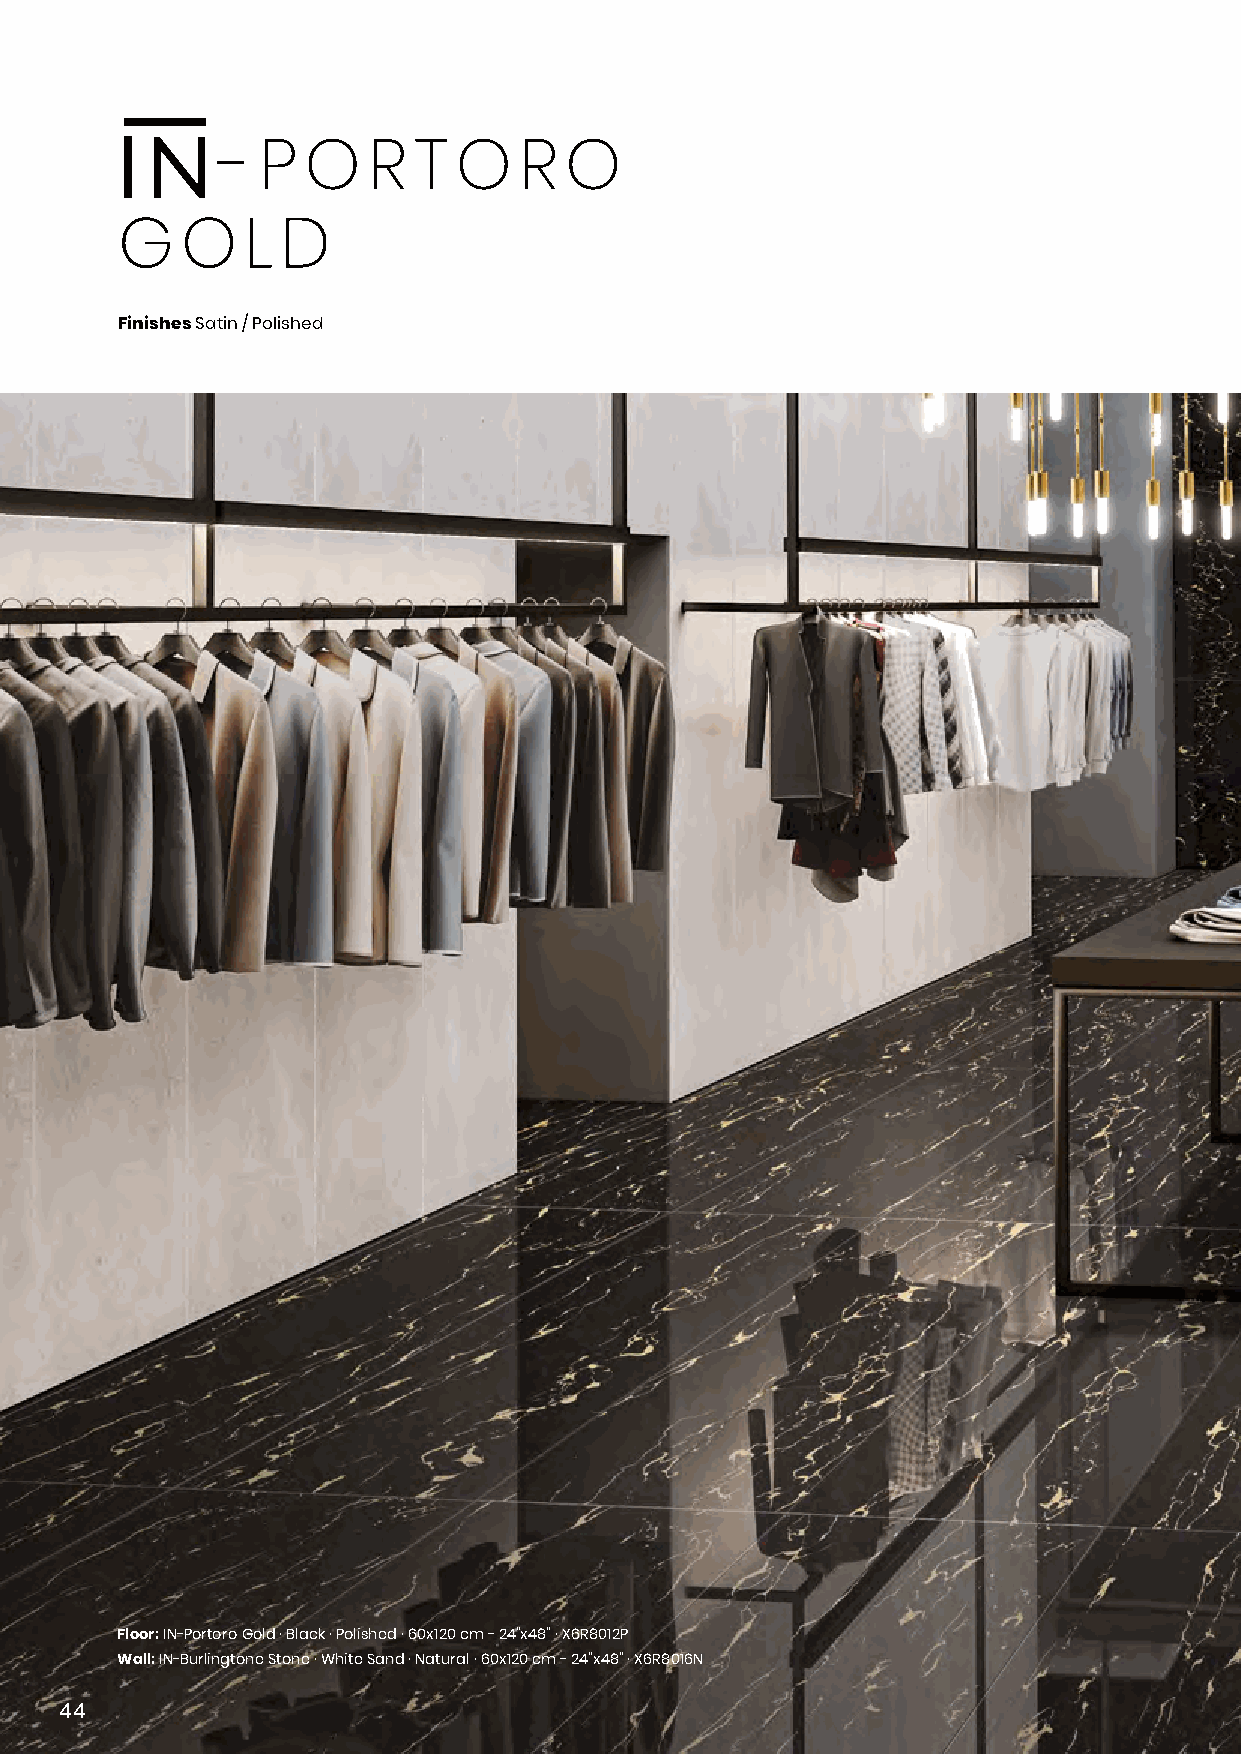
- P  O   R  T  O   R  O
 G   O   L  D
 Finishes Satin / Polished
 Floor: IN-Portoro Gold · Black · Polished · 60x120 cm - 24”x48” · X6R8012P
 Wall: IN-Burlingtone Stone · White Sand · Natural · 60x120 cm - 24”x48” · X6R8016N
 44